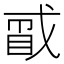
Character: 𪭑